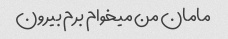
مامان من میخوام برم بیرون